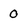
Character: 0